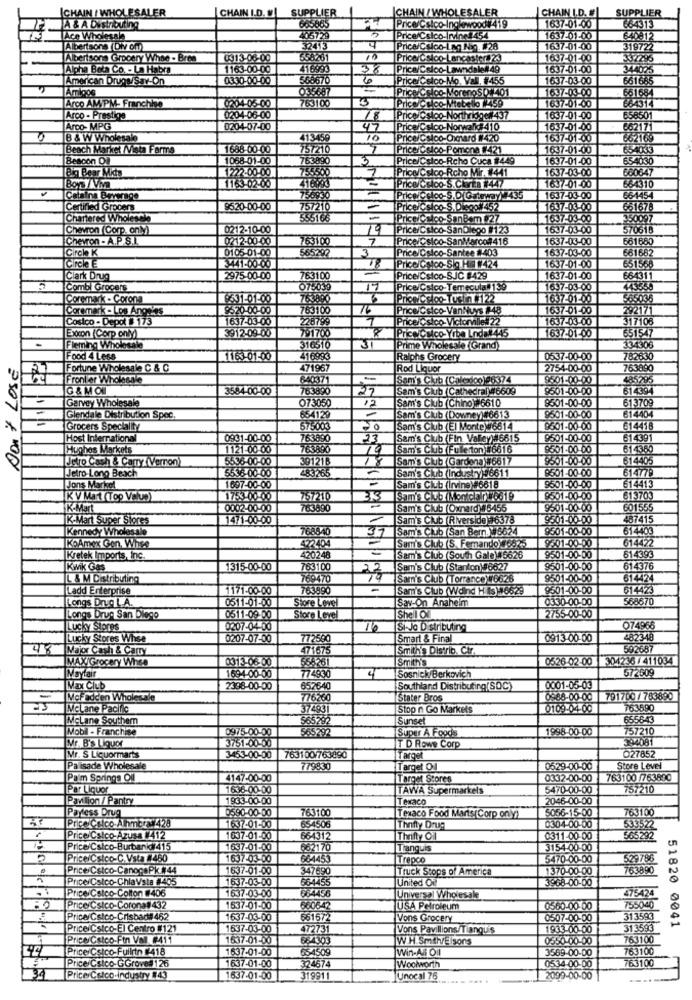
ICHAIN / WHOLESALER
CHAIN I.D.
SUPPLIER
CHAIN / WHOLESALER
SUPPLIER
605865
Price:Csico-Ingkrwood#419
CHAIN I.D.
664313
A & A DIShouting
5
1637-01-00
L'Ace Wholesal
405720
Price/Csico-Mne 454
1637-01-00
640812
Albertsons (DiV off)
Price/C sloo-Lan Nog. #28
1637-01-00
319722
Albertsons Grocery White - Bres
0313-08-00
10
1637-01-00
332295
Alpha Boca Co. - La Habra
1163-00-00
416995
38
Price/C.sico-Lawndale#49
1637-01-00
344025
American Drugs/Sav-On
0330-00-00
568670
PricerCsico-Mo. Val. #455
1637-03-00
661685
Amigos
Price/C sloo-MorenoSO#401
1637-03-00
661684
763100
Arco AMIPM- Franchino
0204-05-00
1637-01-00
664314
Arco - Prestige
0204-06-00
18
Price/Csloo-Northridge#437
1637-01-00
658501
Arco- MPG
0204-07-00
47
Price/C sloo-Norwalk# 410
1637-01-00
662171
B & W Wholesale
411-3459
10
Price/Cslco-Oxnard #420
1637-01-00
66216:
Beach Market /Vista Farms
1688-00-00
757210
Price/Csloo-Pomona #421
1637-01-00
654033
Beacon Dil
1068-01-00
763090
3
JCsloo-Rcho Cuca 1449
1637-01-00
65-4030
Big Bear Mids
1222:00.00
755500
1
Priow/C sico-Rcho Mir. #441
1637-03-00
660647
664310
Boys /VM
1163-02-00
=
Price/c sioo-S. Ckorta #447
1637-01-00
Catalina Beverage
756930
637-03-00
661454
Certified Grocers
9520-00-00
757210
Price/Csloo-S.Disco#452
637-03-00
661678
Chartered Wholesale
555168
Priceicsloo-SanBam #27
1637-03-00
350097
Chevron (Corp. only)
0212-10-00
19
Price/Csico-SanDiego #123
637-03-00
570618
Chevron - A.P. S.L.
0212.00-00
763100
7
1637-03-00
561680
Circle K
0105-01-00
565292
3
Price/Cslco-Santee 1403
1637-03-00
661682
Circle E
41-00-00
Price Csico-Sig Ha #424
1637-01-00
65156
Clark Drug
2975-00-00
763100
Price/Csico-SJC #429
1637-01-00
66431
Combi Grocers
075039
17
Price/C sico-Temecula# 159
1637-03-00
Coremark - Corona
1531-01-00
763800
Prion Celoo TusLn #122
1637-01-00
565036
ICoremark - Los Ange'as
8570-00.00
763100
16
Price/Csico-VanNuys #48
1637-01-00
292171
Costco - Depot # 173
1637-03-00
228799
1
Priceic sico Victorville# 22
1637-03-00
317106
3912-09 00
Price CMco- Yiba Linda#445
6511547
Exocon (Corp only)
791700
1637-01-00
.
leming Wholesale
316510
31
Prime Wholesale (Grand)
334303
Don't LOSE
Food 4 Less
1163-01-00
416993
Ralphs Grocery
05.37-00-00
782630
Fortune Wholesale C & C
471967
Rod Liquor
2754-00-00
763890
Front er Wholesale
640371
-
Sam's Club (C.aledoo)96374
£501-00-00
485795
G &MOI
3584-00-00
763890
27
Sam's Club (Cathedral ##6609
8501-00-00
61439
Garvey Wholesale
073050
12
Sam's Club (Chino)#6610
8501-00-00
613709
Glendale Distribution Spec
654129
Sam's Club (Downey)#6613
9501-00-00
614404
Grocers Speciality
575003
Sam's Club (El Monte #6614
9501-00-00
614416
Host Internation
0931-00-00
763890
23
Sam's Club (Fin Valley)#6615
9501-00-00
614391
Hughes Markets
1121-00-00
763890
19
Sam's Club (Fulle ton)#6616
$501-00-00
614360
Jetro Cash & Carry Verron)
5536-00-00
391218
18
Sam's CutI Gardena) #6617
9501-00-00
614405
Jetro-Long Beach
5536-00-00
83265
Sam's Club (Industry)96611
9501-00-00
61477
Jons Market
1697-00-00
Sam's Club Irving)#6618
$501-00-00
614413
K V Mart (Top Value)
1753-00 00
7672110
313
Sam's CT. (Moncis 746319
$501-00-00
613703
K-Mart
0002-00-00
763890
Sam's Club Oxnard)# 6455
9501-00-00
601555
IK-Mart Super Stores
1471-00-00
Sam's Club (Riverside) 6378
9501 00.00
487415
Kennedy Wholesale
768840
37
Sam's Club (San Bemn.W5624
9501-00-00
614403
422404
9301-00-00
614422
KoAmex Gon. Whse
Sam's Club (S. Femando)96825
614393
Kretek Imports, Inc.
420248
Sam's Club (South Gale)#6626
9501-00-00
Kwik Gas
1315-00-00
763100
22
Sam's Club (Stanton)#6627
9501-00-00
614376
IL & M Distributing
769470
Sam's Club (Torrance)16626
9501-00-00
614424
add Enterprise
1171-00-00
763890
-
Sam's Club (Wdind H.Ils)46629
9501-00-00
614423
Longs Drug L.A.
0511-01-00
Sav-On Anaheim
0330-00-00
568670
Store Level
Longs Drug San Diego
0511-09-00
Store Level
Shell Of
2755-00-00
ucky Stores
0207-04-00
10
Si- Jo Distributing
07496.
Lucky Stores Whse
0207-07-00
772580
Smart & Final
0913-00-00
482348
48
Major Cash & Carry
471675
Smith's Distrib. Ctr.
59268
MAXIGrocery Whse
0313-06-00
Smith's
0526-02-00
304236 / 411034
4
Sosnick Berkovich
572609
Mayfair
1694-00-00
774930
Max Club
2398-00-00
652640
Southland Distributing(SOC)
0001-05-03
McFadden Wholesale
776260
Stater Bros
0588-00-00
791700 /763890
McLane Pacific
374931
Stop n Go Markets
0109-04-00
763590
McLane Southern
Sunset
655643
Mobil - Franchise
0975-00-00
Super A Foods
1998-00-00
757210
Mr. B's Liquor
3751-00-00
394081
TD Rowe Corp
O27852
Mr. S Liquormarts
3453-00-00
763100/763890
Target
Palisade Wholesale
7798.30
Target OZ
0529-00-00
Store Level
Palm Springs Oll
4147-00-00
Target Stores
0332-00-00
763100 /763850
Par Liquor
1636-00-00
TAWA Supermarkets
5470-00-00
757210
Pavilion / Pantry
1933-00-00
Texaco
2046-00-00
Payless Drug
0590-00-00
763100
5056-15-00
763100
Price Cslco-Alhmera 429
Texaco Food Marts(Corp only)
533522
1637-01-00
654506
Thnfty Drug
0304-00-00
Price Calco-Azusa 412
1607-01-00
664312
Thrifty Oil
0311-00-00
565292
Price/Csico-Burbank¥415
1637-01-00
662170
Tranquis
3154-00-00
5
PriceiCstico-C.Vsta #460
1637-03-00
8 8 8 8 8 8
664453
Trepco
5470-00-00
Price/Cstco-CanogaPk #44
1637-01-00
347690
Truck Stops of America
1370-00-00
763890
Price/Cstco-ChiaVsta #405
1637-03-00
664455
United Of
3968-00-00
PriceiCstco-Colton 1406
1637-03-00
684456
475424
Universal Wholesale
Price Csico-Corona#432
1537-01-00
660642
USA Petroleum
0560-00-00
755040
Price/ Cstco-Crisbad# 462
1637-03-00
661672
Vons Grocery
0507-00-00
313593
51820 0041
Price Cstco-El Centro #121
1637-03-00
472731
Vons Pavillions/Tianqu's
1933 00-00
313593
Price Costco-Fin Vall #411
1637-01-00
684303
W.H. SmithElsons
0550 00-00
763100
Price Cstco-Fullrin #418
1637-01-00
654509
Win-ABOI
3569-00-00
763100
Woolworth
Price Csico-GGrove# 126
1637-01-00
Işlelel
324674
0534.00.00
763100
39
Prices Calco-Industry #43
1637-01-00
319911
Unocal 76
2099-00-00